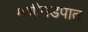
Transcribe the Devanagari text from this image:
मणीमंडपात